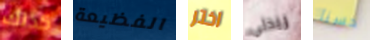
كذلك الفظيعة اختر ريدلي حسنا